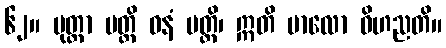
၆၂။ ပုတ္တာ မတ္ထိ ဓနံ မတ္ထိ၊ ဣတိ ဗာလော ဝိဟညတိ။